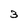
Character: 3